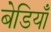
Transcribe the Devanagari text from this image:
बेडियाँ